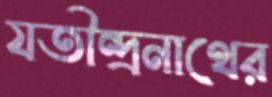
যতীন্দ্রনাথের